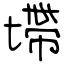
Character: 墆